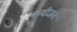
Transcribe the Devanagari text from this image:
बन्दीजन